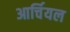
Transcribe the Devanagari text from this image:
आर्चियल